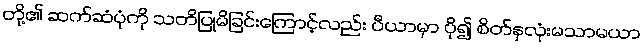
တို့၏ ဆက်ဆံပုံကို သတိပြုမိခြင်းကြောင့်လည်း ပီယာမှာ ပို၍ စိတ်နှလုံးမသာမယာ